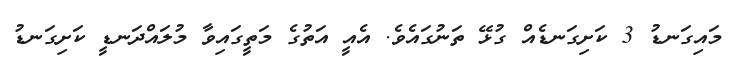
މައިގަނޑު 3 ކަށިގަނޑެއް ގުޅޭ ތަނުގައެވެ. އެއީ އަތުގެ މަތީގައިވާ މުލައްދަނޑީ ކަށިގަނޑު